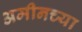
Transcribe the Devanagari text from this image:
अमीनच्या